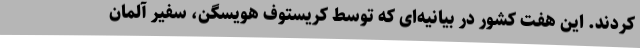
کردند. این هفت کشور در بیانیه‌ای که توسط کریستوف هویسگن، سفیر آلمان